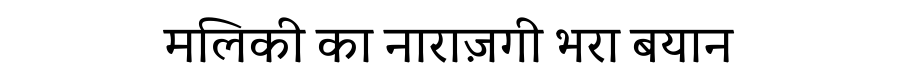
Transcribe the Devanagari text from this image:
मलिकी का नाराज़गी भरा बयान